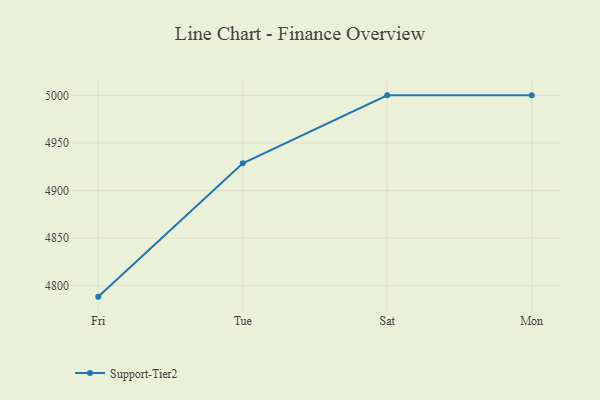
{"axis": {"x": "Day", "y": "Bounce Rate (%)"}, "legend": ["Support-Tier2"], "data": [{"x": "Fri", "y": 4788.4, "type": "Support-Tier2"}, {"x": "Tue", "y": 4928.6, "type": "Support-Tier2"}, {"x": "Sat", "y": 5000, "type": "Support-Tier2"}, {"x": "Mon", "y": 5000, "type": "Support-Tier2"}]}